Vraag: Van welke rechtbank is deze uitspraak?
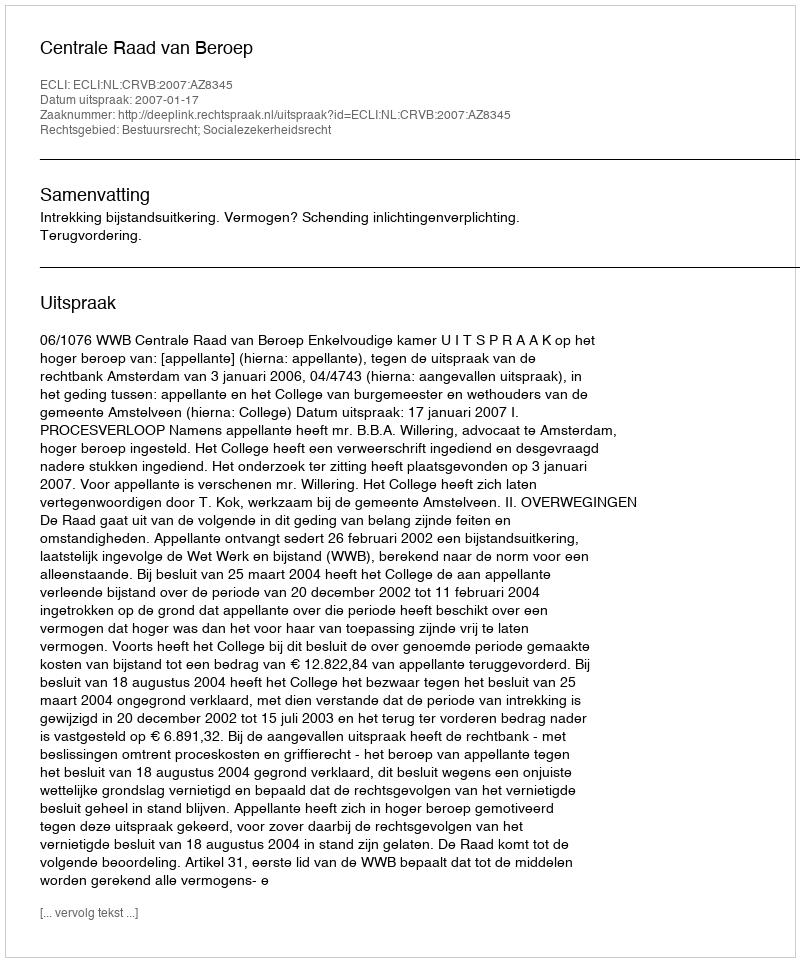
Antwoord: Centrale Raad van Beroep